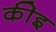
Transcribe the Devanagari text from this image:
कीइ